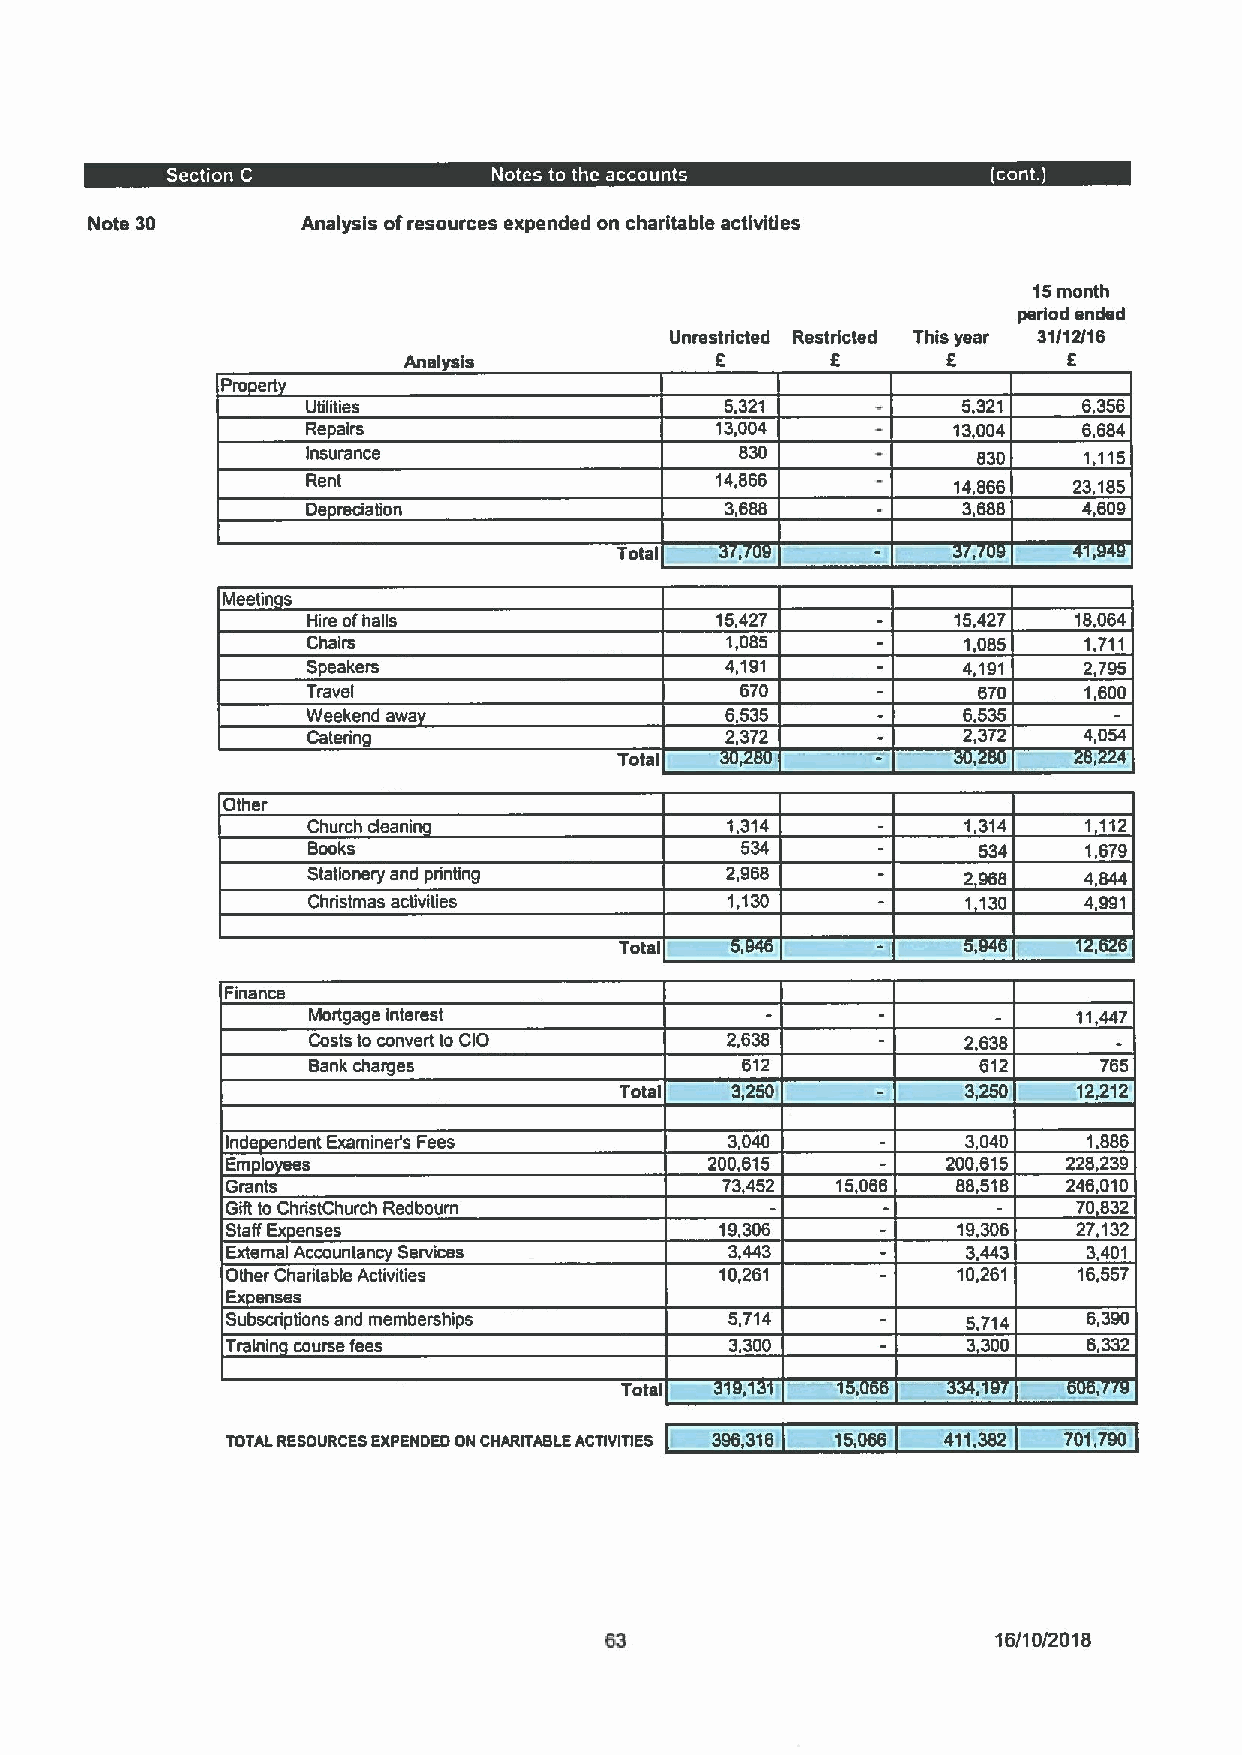
Note 30       Analysis ofresources expended on charitable activities
 15month
 period ended
 Unrestricted Restricted This year 31/12/16
 Analysis            E       E       E       E
 Pro e
 Utilities                   5,321           5,321   6,356
 Repairs                    13,004          13,004   6,684
 insurance                    830             830    1,115
 Rent                       14,866          14,866  23,185
 De reciation                3,688           3,688   4,609
 Total
 Meetin s
 Hire ofhalls               15,427          15,427  18,064
 Chairs                      1,085           1,085   1,711
 Speakers                    4,191           4,191   2,795
 Travel                       670             670    1,600
 Weekend awa                 6,535           6,535
 Catering                    2,372           2,372   4,054
 Total
 Other
 Church deanin               1,314           1,314   1,112
 Books                                        534    1,679
 Stationery and printing     2,968           2,968   4,844
 Christmas activities        1,130           1,130   4991
 Total
 Finance
 Mortgage interest                                  11,447
 Costs to convert to CIO     2,638           2,638
 Bank charges                 612             612     765
 Total  3,250I          3,250  12,212
 Inde endent Examiner's Fees      3,040           3,040   1,886
 Em lo ees                       200,615         200,615 228,239
 Grants                           73,452 15,066  88,518  246,010
 Gift to ChristChurch Redboum                            70,832
 StaffEx enses                    19,306         19,306  27,132
 External Accountancy Services    3,443           3,443   3,401
 Other Charitable Activities      10,261         10,261  16,557
 Ex enses
 Subscriptions and memberships    5,714           5,714   6,390
 Trainin course fees              3,300           3,300   6,332
 Total
 TOTAL RESOURCES EXPENDED ON CHARITABLE ACTIVITIES i 396,316 l 15,066 411.382 701',790
 16/10/2018